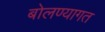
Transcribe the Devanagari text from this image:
बोलण्यागत